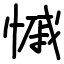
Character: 慽